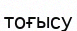
тоғысу